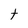
Character: t